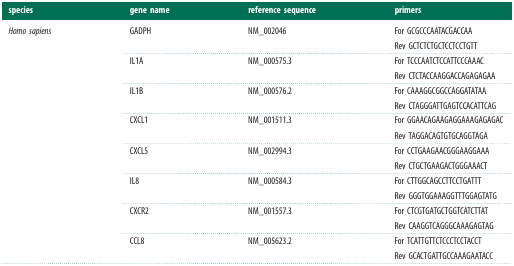
<table><thead><tr><td><b>species</b></td><td><b>gene name</b></td><td><b>reference sequence</b></td><td><b>primers</b></td></tr></thead><tbody><tr><td rowspan="8"><i>Homo sapiens</i></td><td>GADPH</td><td>NM_002046</td><td>For GCGCCCAATACGACCAARev GCTCTCTGCTCCTCCTGTT</td></tr><tr><td>IL1A</td><td>NM_000575.3</td><td>For TCCCAATCTCCATTCCCAAACRev CTCTACCAAGGACCAGAGAGAA</td></tr><tr><td>IL1B</td><td>NM_000576.2</td><td>For CAAAGGCGGCCAGGATATAARev CTAGGGATTGAGTCCACATTCAG</td></tr><tr><td>CXCL1</td><td>NM_001511.3</td><td>For GGAACAGAAGAGGAAAGAGAGACRev TAGGACAGTGTGCAGGTAGA</td></tr><tr><td>CXCL5</td><td>NM_002994.3</td><td>For CCTGAAGAACGGGAAGGAAARev CTGCTGAAGACTGGGAAACT</td></tr><tr><td>IL8</td><td>NM_000584.3</td><td>For CTTGGCAGCCTTCCTGATTTRev GGGTGGAAAGGTTTGGAGTATG</td></tr><tr><td>CXCR2</td><td>NM_001557.3</td><td>For CTCGTGATGCTGGTCATCTTATRev CAAGGTCAGGGCAAAGAGTAG</td></tr><tr><td>CCL8</td><td>NM_005623.2</td><td>For TCATTGTTCTCCCTCCTACCTRev GCACTGATTGCCAAAGAATACC</td></tr></tbody></table>